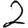
Digit: 2